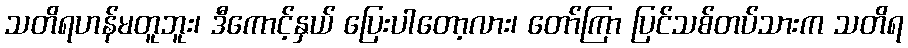
သတိရဟန်မတူဘူး၊ ဒီကောင့်နှယ် ပြေးပါတော့လား၊ တော်ကြာ ပြင်သစ်တပ်သားက သတိရ